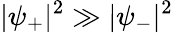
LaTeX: |\psi_{+}|^{2}\gg|\psi_{-}|^{2}